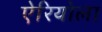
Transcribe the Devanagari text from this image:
ऐरियोला